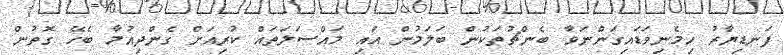
ފަނޑިޔާރު ހިމެނިވަޑައިގަންނަވާ ބެންޗުތަކުން ބަލަމުން އައި މައްސަލަތައް ކުރިއަށް ގެންދިއުމާ ބެހޭ ގޮތުން